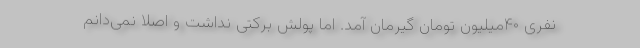
نفری ۴۰میلیون تومان گیرمان آمد. اما پولش برکتی نداشت و اصلا نمی‌دانم